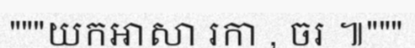
"""យកអាសា រកា , ចរ ៕"""